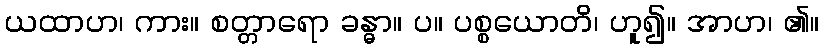
ယထာဟ၊ ကား။ စတ္တာရော ခန္ဓာ။ ပ။ ပစ္စယောတိ၊ ဟူ၍။ အာဟ၊ ၏။